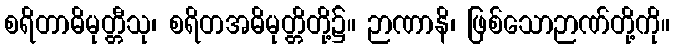
စရိတာဓိမုတ္တီသု၊ စရိတအဓိမုတ္တိတို့၌။ ဉာဏာနိ၊ ဖြစ်သောဉာဏ်တို့ကို။